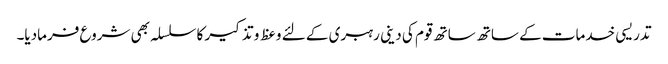
تدریسی خدمات کے ساتھ ساتھ قوم کی دینی رہبری کے لئے وعظ و تذکیر کا سلسلہ بھی شروع فرمادیا۔